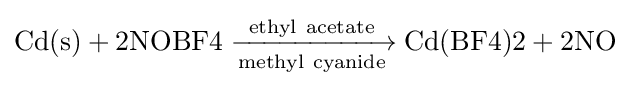
{{\text{Cd(s)}}{}+{}{\text{2NOBF4}}{}\mathrel {\xrightarrow[{\rm {{\text{methyl}}\ {\text{cyanide}}}}]{\rm {{\text{ethyl}}\ {\text{acetate}}}}} {}{\text{Cd(BF4)2}}{}+{}{\text{2NO}}}